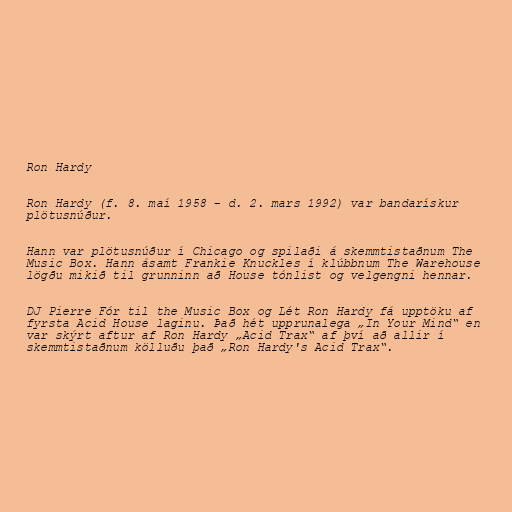
Ron Hardy

Ron Hardy (f. 8. maí 1958 - d. 2. mars 1992) var bandarískur
plötusnúður.

Hann var plötusnúður í Chicago og spilaði á skemmtistaðnum The
Music Box. Hann ásamt Frankie Knuckles í klúbbnum The Warehouse
lögðu mikið til grunninn að House tónlist og velgengni hennar.

DJ Pierre Fór til the Music Box og Lét Ron Hardy fá upptöku af
fyrsta Acid House laginu. Það hét upprunalega „In Your Mind“ en
var skýrt aftur af Ron Hardy „Acid Trax“ af því að allir í
skemmtistaðnum kölluðu það „Ron Hardy's Acid Trax“.